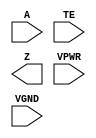
/**
 * Copyright 2020 The SkyWater PDK Authors
 *
 * Licensed under the Apache License, Version 2.0 (the "License");
 * you may not use this file except in compliance with the License.
 * You may obtain a copy of the License at
 *
 *     https://www.apache.org/licenses/LICENSE-2.0
 *
 * Unless required by applicable law or agreed to in writing, software
 * distributed under the License is distributed on an "AS IS" BASIS,
 * WITHOUT WARRANTIES OR CONDITIONS OF ANY KIND, either express or implied.
 * See the License for the specific language governing permissions and
 * limitations under the License.
 *
 * SPDX-License-Identifier: Apache-2.0
 */

`ifndef SKY130_FD_SC_HS__EINVP_PP_BLACKBOX_V
`define SKY130_FD_SC_HS__EINVP_PP_BLACKBOX_V

/**
 * einvp: Tri-state inverter, positive enable.
 *
 * Verilog stub definition (black box with power pins).
 *
 * WARNING: This file is autogenerated, do not modify directly!
 */

`timescale 1ns / 1ps
`default_nettype none

(* blackbox *)
module sky130_fd_sc_hs__einvp (
    A   ,
    TE  ,
    Z   ,
    VPWR,
    VGND
);

    input  A   ;
    input  TE  ;
    output Z   ;
    input  VPWR;
    input  VGND;
endmodule

`default_nettype wire
`endif  // SKY130_FD_SC_HS__EINVP_PP_BLACKBOX_V